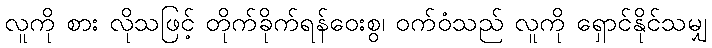
လူကို စား လိုသဖြင့် တိုက်ခိုက်ရန်ဝေးစွ၊ ဝက်ဝံသည် လူကို ရှောင်နိုင်သမျှ